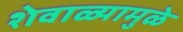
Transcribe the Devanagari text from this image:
शेवाळ्यामुळे